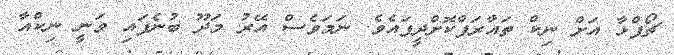
ޗޯޕްޅާ އަށް ނިކް ތައާރަފްކޮށްދީފައެވެ. ނަމަވެސް އޭރު މަދޫ ބުނެފައި ވަނީ ނިކްއާ